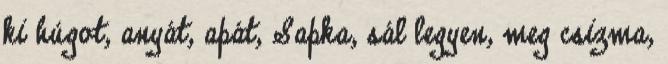
ki húgot, anyát, apát, Sapka, sál legyen, meg csizma,